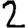
Digit: 2